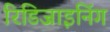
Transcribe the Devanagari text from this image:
रिडिजाइनिंग